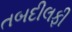
તબદીલફી